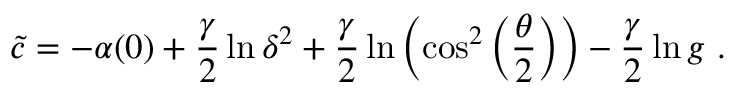
\tilde { c } = - \alpha ( 0 ) + \frac { \gamma } { 2 } \ln \delta ^ { 2 } + \frac { \gamma } { 2 } \ln \left( \cos ^ { 2 } \left( \frac { \theta } { 2 } \right) \right) - { \frac { \gamma } { 2 } } \ln g ~ .